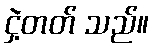
ငှဲ့တတ် သည်။